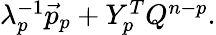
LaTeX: \begin{array}{r}{\lambda_{p}^{-1}\vec{p}_{p}+Y_{p}^{T}Q^{n-p}.}\end{array}